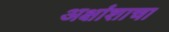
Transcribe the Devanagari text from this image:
अक्षांशाचा